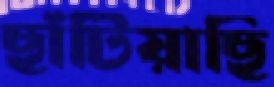
ছাঁটিয়াছি